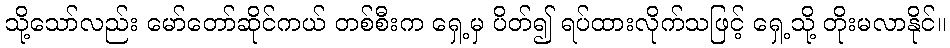
သို့သော်လည်း မော်တော်ဆိုင်ကယ် တစ်စီးက ရှေ့မှ ပိတ်၍ ရပ်ထားလိုက်သဖြင့် ရှေ့သို့ တိုးမလာနိုင်။